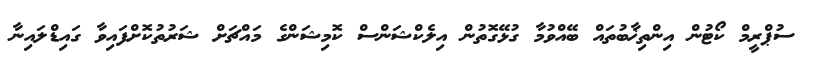
ސުޕްރީމް ކޯޓުން އިންތިޚާބުތައް ބޭއްވުމާ ގުޅޭގޮތުން އިލެކްޝަންސް ކޮމިޝަންގެ މައްޗަށް ޝަރުތުކޮށްފައިވާ ގައިޑްލައިނާ